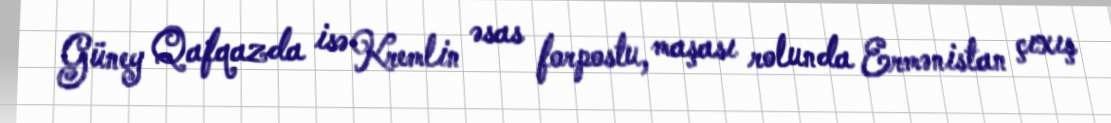
Güney Qafqazda isə Kremlin əsas forpostu, maşası rolunda Ermənistan çıxış